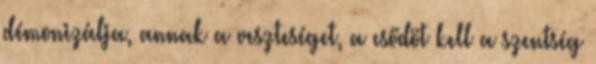
démonizálja, annak a veszteséget, a csődöt kell a szentség